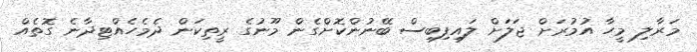
މަރާލި މީހާ އުމުރަށް ޖަލަށް ލައިފިބިސް ބޭނުންކޮށްގެން މޫނުގެ ރީތިކަން ދެމެހެއްޓިދާނެ ގޮތެއް